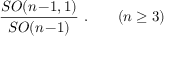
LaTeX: { \frac { S O ( n \! - \! 1 , 1 ) } { S O ( n \! - \! 1 ) } } \ . \qquad ( n \geq 3 )